Vabadussoja_Ajaloo_Komitee, lk 114
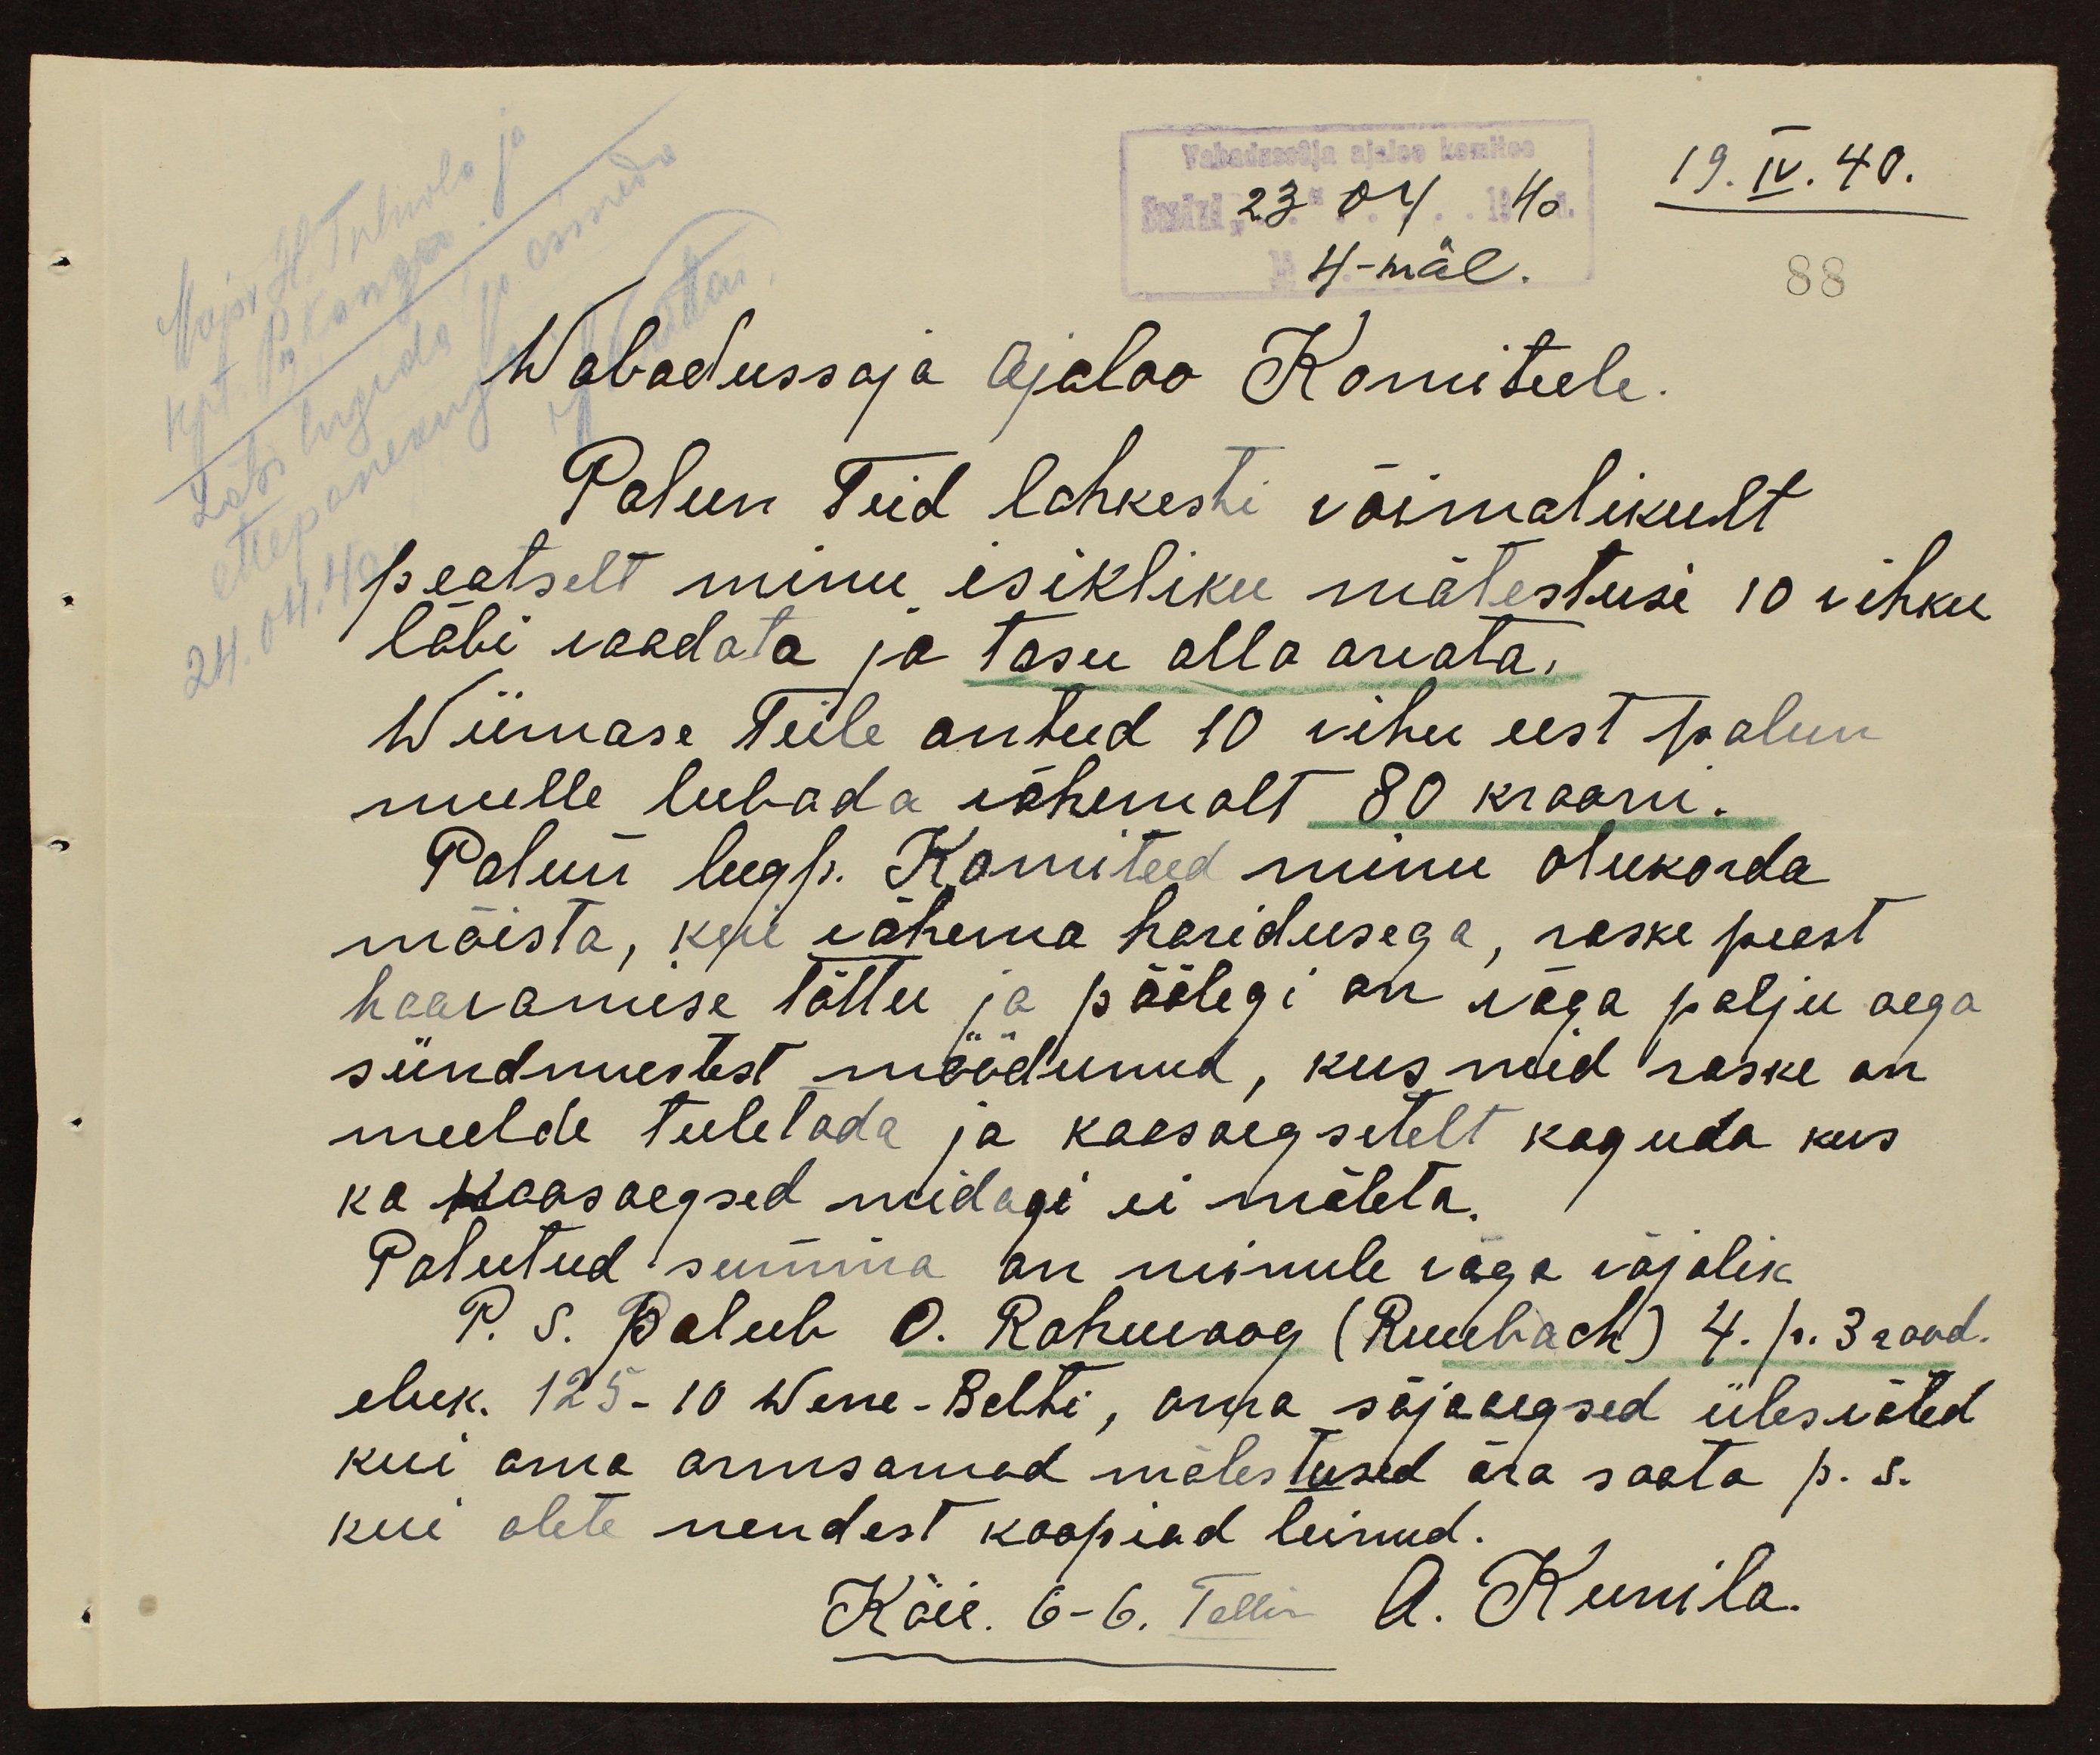
Vabadassõja ajaloo komitee
Saadud: "23" 04.1940
19. IV. 40.
Major H. Tulnola ja
4-mäl.
88
kpt P. Kangor
Wabadussaja Ajaloo Komiteele.
Läbi lugeda ja esineda
Palun Teid lahkesti võimalikult
ettepanekuga
peatselt minu isikliku mälestusi 10 vihku
läbi vaadata ja tasu alla arvata,
24. 04. 40
Wiimase Teile antud 10 vihu eest palun
mulle lubada vähemalt 80 krooni.
Palun lugp. Komiteed minu olukorda
mõista, kui vähema haridusega, raske peast
haavamise tõttu ja päälegi on väga palju aega
sündmustest möödunud, kus neid raske on
meelde tulelada ja kaasaegsetelt koguda kus
ka kaasaegsed midagi ei mäleta.
Palutud summa on minule väga vajalik.
P. S. Balub O. Rahuvoog (Ruubach) 4. p. 3 rood.
eluk. 125-10 Wene-Balti, oma sõjaaegsed ülesvõted
kui oma armsamad mälestused ära saata p. s.
kui olete nendest koopiad teinud.
Köie. 6-6. Tallin A. Kunila.